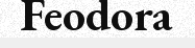
Feodora